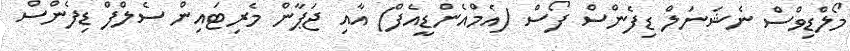
މޯލްޑިވްސް ނެޝަނަލް ޑިފެންސް ފޯސް (އެމްއެންޑީއެފް) އާއި ޖަޕާން މެރިޓައިން ސެލްފް ޑިފެންސް